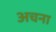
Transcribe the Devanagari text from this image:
अचना